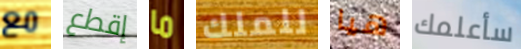
مع إقطع ما للملك هيا سأعلمك